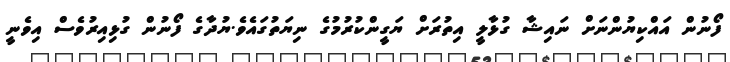
ފޯނުން އައްކިޔުންނަށް ނައިޝާ ގުޅާލީ އިތުރަށް ޔަގީންކުރުމުގެ ނިޔަތުގައެވެ.ޔުދާގެ ފޯނުން ގުޅިއިރުވެސް އިވެނީ